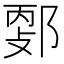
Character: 𨜦